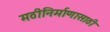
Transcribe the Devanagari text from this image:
मठीनिर्माणासाठी